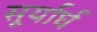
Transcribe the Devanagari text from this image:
सूर्यार्घ